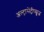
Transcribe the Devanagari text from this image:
अल्ट्रासेंट्रीफ्यूज